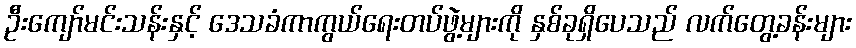
ဦးကျော်မင်းသန်းနှင့် ဒေသခံကာကွယ်ရေးတပ်ဖွဲ့များကို နှစ်ခုရှိပေသည် လက်တွေ့ခန်းများ